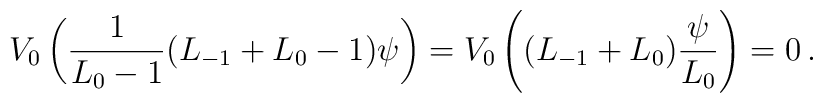
V_0\left({1\over L_0-1}(L_{-1}+L_0-1)\psi\right)=V_0\left((L_{-1}+L_0){\psi\over L_0}\right)=0\,.